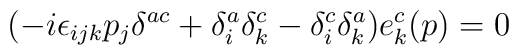
( -i \epsilon_{ijk} p_j \delta^{ac} + \delta_i^a \delta_k^c - \delta_i^c \delta_k^a ) e_k^c (p)=0